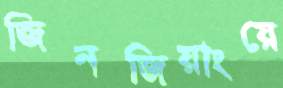
জিনজিয়াংয়ে